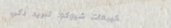
تكييفات شيوكو: تبريد ذكي